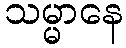
သမ္မာနေ